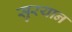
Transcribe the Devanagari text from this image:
सुरयान